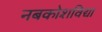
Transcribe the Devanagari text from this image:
नबकोशविद्या